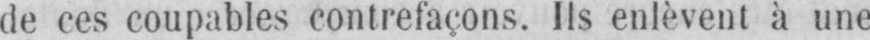
de ces coupables contrefaçons. Ils enlèvent à une